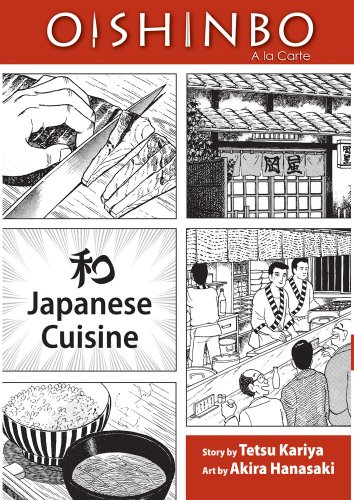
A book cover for OISHINBO: JAPANESE CUISINE: A la Carte; Tetsu Kariya; Cookbooks, Food & Wine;